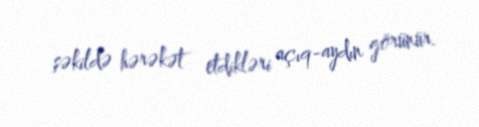
şəkildə hərəkət etdikləri açıq-aydın görünür.